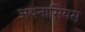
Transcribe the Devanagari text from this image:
अथनासियस